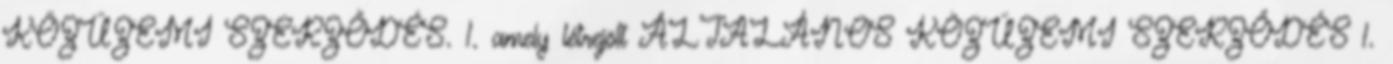
KÖZÜZEMI SZERZŐDÉS. 1. amely létrejött ÁLTALÁNOS KÖZÜZEMI SZERZŐDÉS 1.